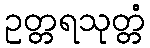
ဥတ္တရသုတ္တံ